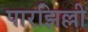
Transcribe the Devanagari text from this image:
पारझिल्ली